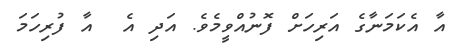
އާ އެކަމަނާގެ އަރިހަށް ފޮނުއްވީމެވެ. އަދި އެ  އާ ފުރިހަމަ